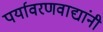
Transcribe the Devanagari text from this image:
पर्यावरणवाद्यांनी